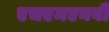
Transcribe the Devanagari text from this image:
एचएमएनबी